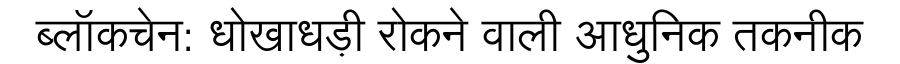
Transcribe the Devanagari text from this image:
ब्लॉकचेन: धोखाधड़ी रोकने वाली आधुनिक तकनीक